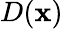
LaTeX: D(\mathbf{x})